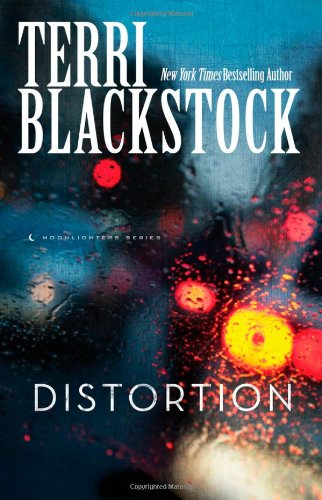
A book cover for Distortion (Moonlighters Series); Terri Blackstock; Mystery, Thriller & Suspense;